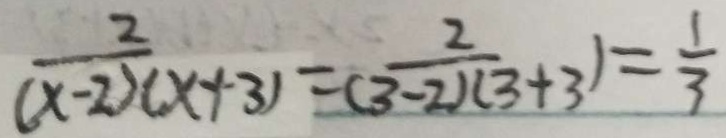
\frac { 2 } { ( x - 2 ) ( x + 3 ) } = \frac { 2 } { ( 3 - 2 ) ( 3 + 3 ) } = \frac { 1 } { 3 }